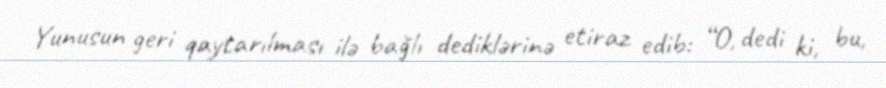
Yunusun geri qaytarılması ilə bağlı dediklərinə etiraz edib: “O, dedi ki, bu,